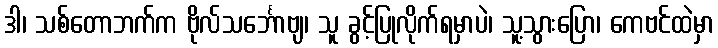
ဒါ၊ သစ်တောဘက်က ဗိုလ်သင်္ဘောဗျ၊ သူ ခွင့်ပြုလိုက်ရမှာပဲ၊ သူ့သွားပြော၊ ကေဗင်ထဲမှာ